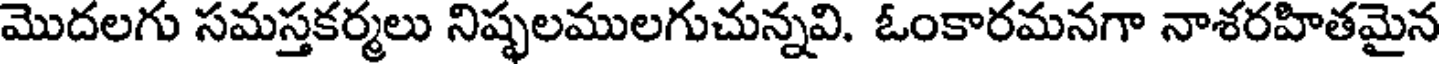
మొదలగు సమస్తకర్మలు నిష్ఫలములగుచున్నవి. ఓంకారమనగా నాశరహితమైన